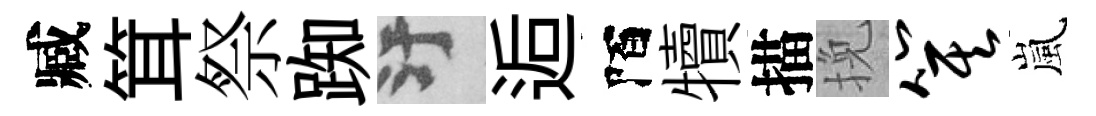
臧䇯祭踟污逅陌犢描挽箕嵐